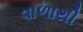
વાળાથી